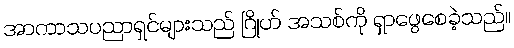
အာကာသပညာရှင်များသည် ဂြိုဟ် အသစ်ကို ရှာဖွေစေခဲ့သည်။